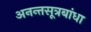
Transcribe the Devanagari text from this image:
अनन्तसूत्रबांधा